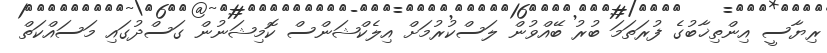
ރިޔާސީ އިންތިޚާބުގެ ފުރަތަމަ ބުރު ބޭއްވުން ލަސްކުރުމަށް އިލެކްޝަންސް ކޮމިޝަނުން ގަސްދުގައި މަސައްކަތް